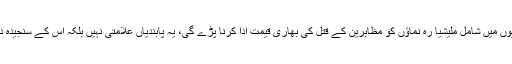
بیلنگزلی نے مزید کہا کہ پابندیوں میں شامل ملیشیا رہ نماؤں کو مظاہرین کے قتل کی بھاری قیمت ادا کرنا پڑے گی، یہ پابندیاں علامتی نہیں بلکہ اس کے سنجیدہ دور رس نتائج سامنے آئیں گے۔